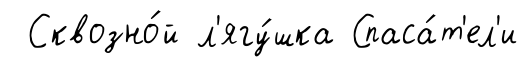
Сквозно́й л'ягу́шка Спаса́т'ел'и